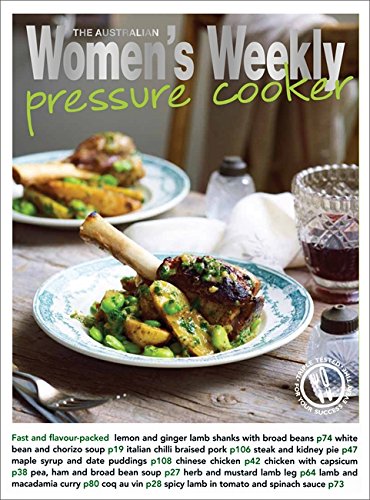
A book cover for Pressure Cooker. (The Australian Women's Weekly Essentials); The Australian Women's Weekly; Cookbooks, Food & Wine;